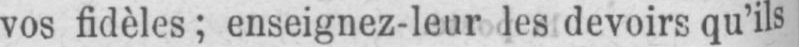
vos fidèles; enseignez-leur les devoirs qu’ils